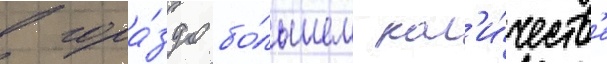
в гора́здо бо́льшем кол'и́честв'е